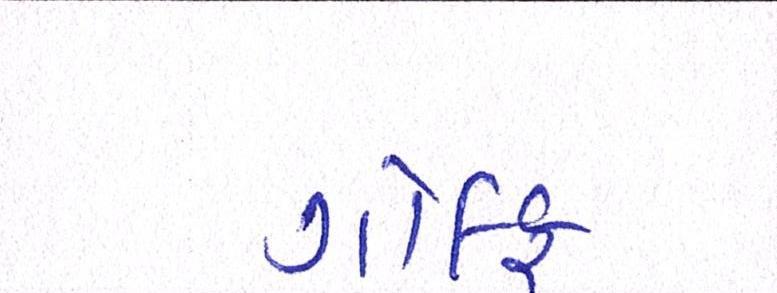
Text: ગોલ્ફ